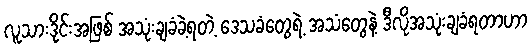
လူသားဒိုင်းအဖြစ် အသုံးချခံခဲ့ရတဲ့ ဒေသခံတွေရဲ့ အသံတွေနဲ့ ဒီလိုအသုံးချခံရတာဟာ